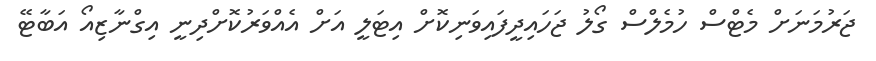
ޖަރުމަނަށް މެޓްސް ހުމެލްސް ގޯލު ޖަހައިދީފައިވަނިކޮށް އިޓަލީ އަށް އެއްވަރުކޮށްދިނީ އިގްނާޒިއޯ އަބާޓޭ